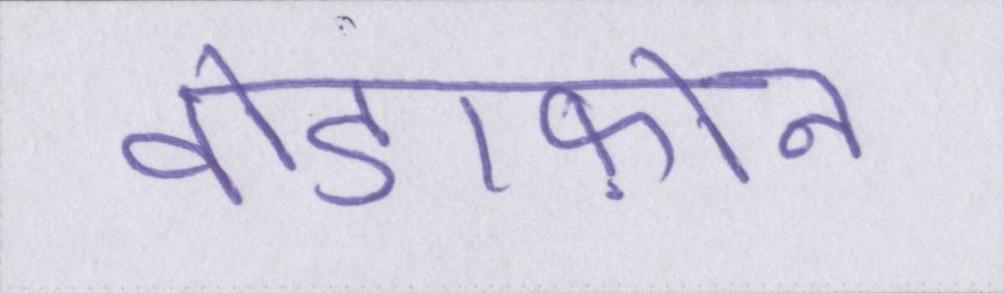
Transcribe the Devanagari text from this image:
वोडाफ़ोन